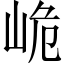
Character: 峗